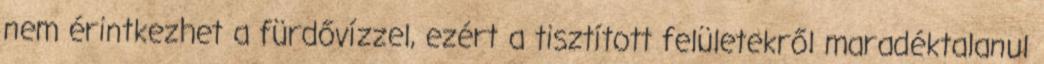
nem érintkezhet a fürdővízzel, ezért a tisztított felületekről maradéktalanul